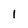
Character: 1